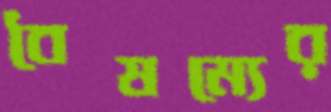
বৈষম্যের